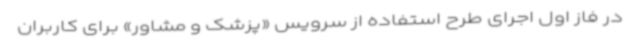
در فاز اول اجرای طرح استفاده از سرویس «پزشک و مشاور» برای کاربران